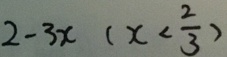
2 - 3 x ( x < \frac { 2 } { 3 } )